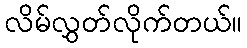
လိမ်လွှတ်လိုက်တယ်။